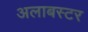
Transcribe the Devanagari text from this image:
अलाबस्टर